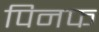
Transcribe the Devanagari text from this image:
पिनफ